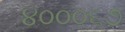
૪૦૦૦૬૭